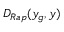
D _ { R a p } ( y _ { g } , y )